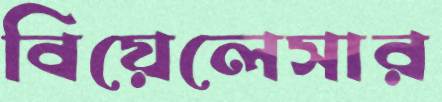
বিয়েলেসার